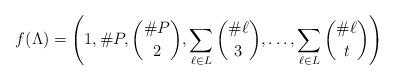
LaTeX: \begin{align*} f(\Lambda) = \left(1, \#P, \binom{\#P}{2}, \sum_{\ell \in L} \binom{\#\ell}{3}, \ldots, \sum_{\ell \in L} \binom{\#\ell}{t} \right) \end{align*}